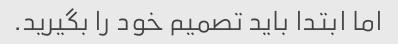
اما ابتدا باید تصمیم خود را بگیرید.